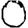
Digit: 0